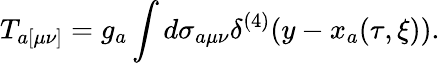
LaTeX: T_{a[\mu\nu]}=g_{a}\int d\sigma_{a\mu\nu}\delta^{(4)}(y-x_{a}(\tau,\xi)).